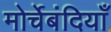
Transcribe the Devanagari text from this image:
मोर्चेबंदियाँ